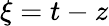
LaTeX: \xi=t-z